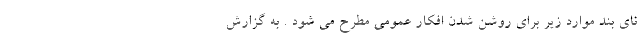
نای بند موارد زیر برای روشن شدن افکار عمومی مطرح می شود . به گزارش